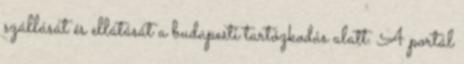
szállását és ellátását a budapesti tartózkodás alatt. A portál